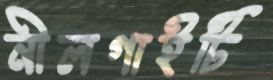
নীলগাইটি